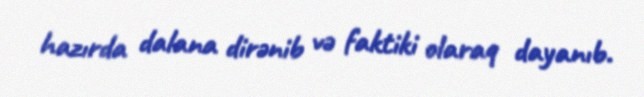
hazırda dalana dirənib və faktiki olaraq dayanıb.